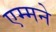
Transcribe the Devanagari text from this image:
एम्मने